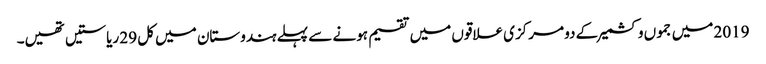
2019 میں جموں وکشمیر کے دو مرکزی علاقوں میں تقسیم ہونے سے پہلے ہندوستان میں کل 29 ریاستیں تھیں۔